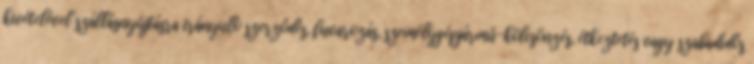
kivételével szállásnyújtásra irányuló szerződés, fuvarozás, személygépjármű-kölcsönzés, étkeztetés vagy szabadidős